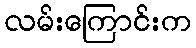
လမ်းကြောင်းက